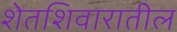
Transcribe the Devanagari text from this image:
शेतशिवारातील